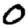
Digit: 0